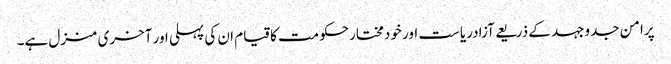
پرامن جدوجہد کے ذریعے آزادریاست اور خودمختارحکومت کاقیام ان کی پہلی اور آخری منزل ہے۔